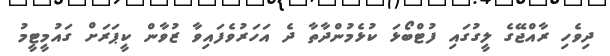
ދިވެހި ރާއްޖޭގެ ލީގުގައި ފުޓްބޯޅަ ކުޅެމުންދާތާ ދެ އަހަރުވެފައިވާ ޒުވާން ކީޕަރަށް ގައުމީޓީމު